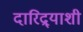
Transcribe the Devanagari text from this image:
दारिद्र्‍याशी